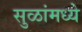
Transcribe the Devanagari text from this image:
सुळांमध्ये